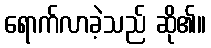
ရောက်လာခဲ့သည် ဆို၏။